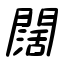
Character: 闊